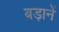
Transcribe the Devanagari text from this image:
बड़ानें